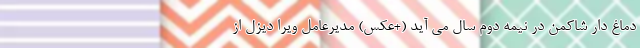
دماغ دار شاکمن در نیمه دوم سال می آید (+عکس) مدیرعامل ویرا دیزل از